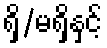
ရှိ/မရှိနှင့်